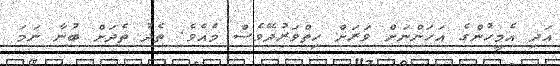
އަދި އެމީހުންގެ އަހަންނަށް ވަރަށް ހިތްވަރުދޭވެސް މެއެވެ. ތެދު ތެދަށް ބުނާ ނަމަ